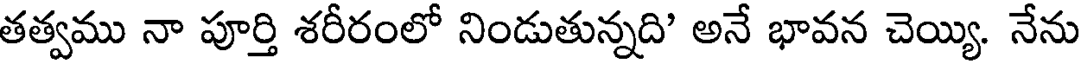
తత్వము నా పూర్తి శరీరంలో నిండుతున్నది' అనే భావన చెయ్యి. నేను